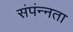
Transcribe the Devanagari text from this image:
संपंन्नता